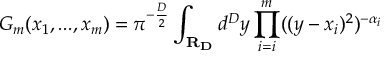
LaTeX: G _ { m } ( x _ { 1 } , . . . , x _ { m } ) = \pi ^ { - \frac { D } { 2 } } \int _ { \bf { R } _ { D } } d ^ { D } y \prod _ { i = i } ^ { m } ( ( y - x _ { i } ) ^ { 2 } ) ^ { - \alpha _ { i } }